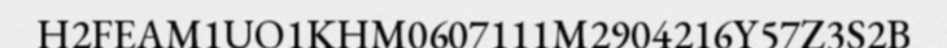
H2FEAM1UO1KHM0607111M2904216Y57Z3S2B